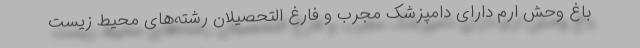
باغ وحش ارم دارای دامپزشک مجرب و فارغ التحصیلان رشته‌های محیط زیست